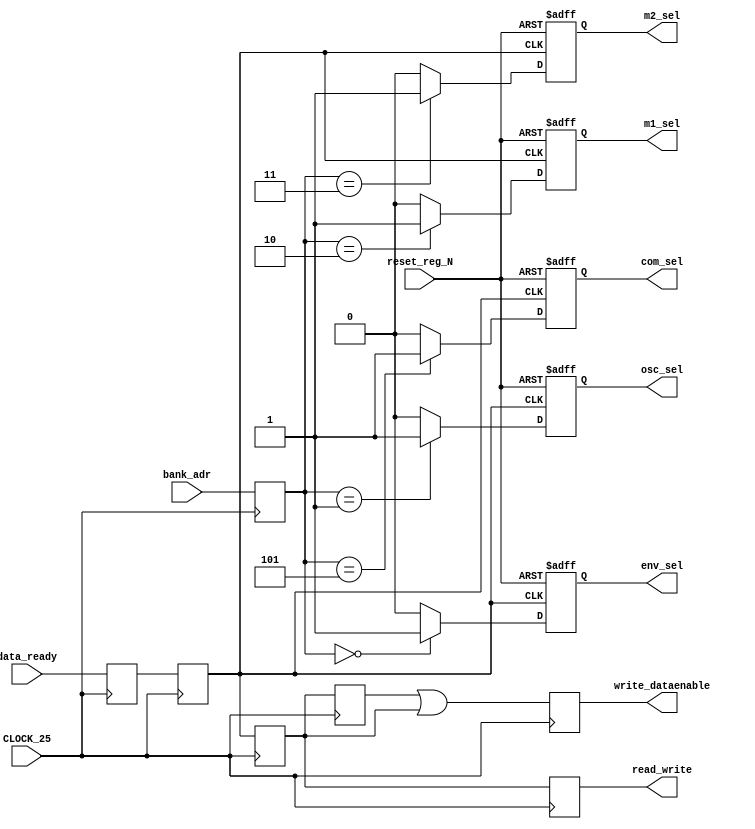
module address_decoder (
    input         CLOCK_25,
    input         reset_reg_N,
    input         data_ready,
    input   [2:0] bank_adr,

    output 	reg   read_write ,
	 output 	reg	write_dataenable, 
    output  reg   env_sel,
    output  reg   osc_sel,
    output  reg   m1_sel,
    output  reg   m2_sel,
    output  reg   com_sel
);

    reg syx_data_rdy_r[3:0];
    reg [2:0] syx_bank_adr_r;


    always @(posedge CLOCK_25)begin
        syx_bank_adr_r <= bank_adr;
        syx_data_rdy_r[0] <= data_ready;
        syx_data_rdy_r[1] <= syx_data_rdy_r[0];
        syx_data_rdy_r[2] <= syx_data_rdy_r[1];
        syx_data_rdy_r[3] <= syx_data_rdy_r[2];
        read_write  <= syx_data_rdy_r[2];
        write_dataenable  <= syx_data_rdy_r[3] || syx_data_rdy_r[2];
    end
    always @(negedge reset_reg_N or posedge syx_data_rdy_r[1]) begin
        if (!reset_reg_N)begin
            env_sel <= 0;
            osc_sel <= 0;
            m1_sel <= 0;
            m2_sel <= 0;
            com_sel <= 0;
        end
        else begin
            case (syx_bank_adr_r)
                3'd0: begin env_sel<=1'b1;osc_sel<=1'b0;m1_sel<=1'b0;m2_sel<=1'b0;com_sel<=1'b0;end
                3'd1: begin env_sel<=1'b0;osc_sel<=1'b1;m1_sel<=1'b0;m2_sel<=1'b0;com_sel<=1'b0;end
                3'd2: begin env_sel<=1'b0;osc_sel<=1'b0;m1_sel<=1'b1;m2_sel<=1'b0;com_sel<=1'b0;end
                3'd3: begin env_sel<=1'b0;osc_sel<=1'b0;m1_sel<=1'b0;m2_sel<=1'b1;com_sel<=1'b0;end
                3'd5: begin env_sel<=1'b0;osc_sel<=1'b0;m1_sel<=1'b0;m2_sel<=1'b0;com_sel<=1'b1;end
                default: begin env_sel <= 0; osc_sel <= 0; m1_sel <= 0; m2_sel <= 0; com_sel <= 0; end
            endcase
        end
    end

endmodule